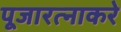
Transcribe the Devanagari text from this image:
पूजारत्नाकरे